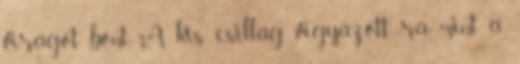
virágot bont. A kis csillag vigyázott rá, mint a